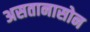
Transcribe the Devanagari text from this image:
असतानासोन